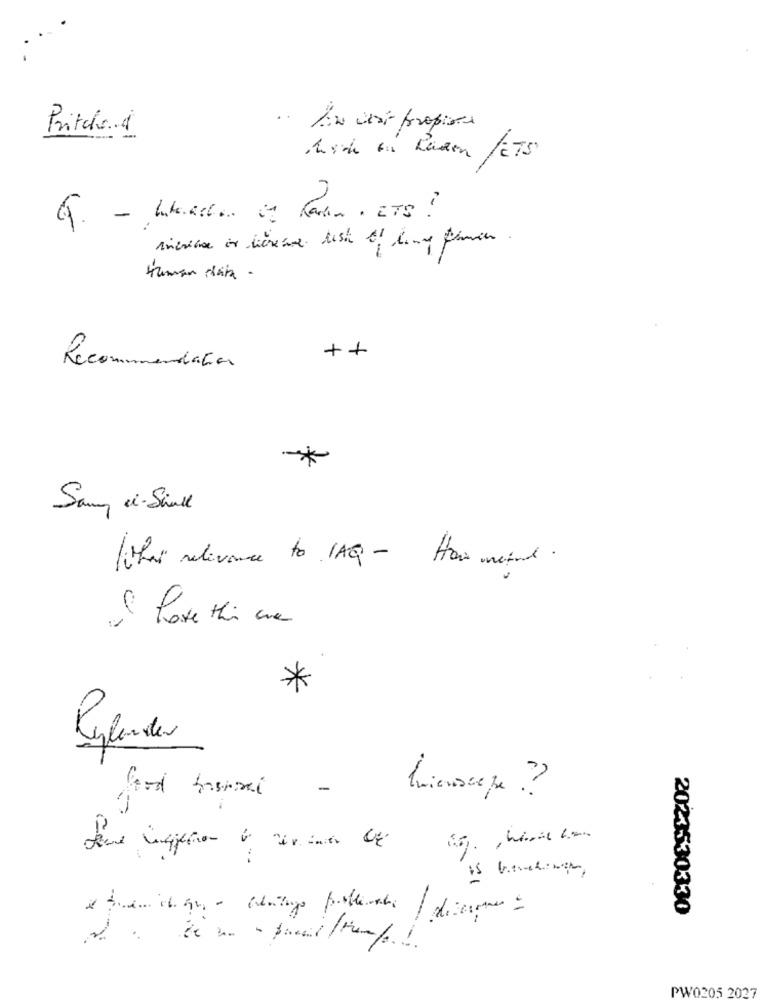
Pritch.1
Low cost propia
Karin . ITS ?
++
Recommendation
*
Samy i Shall
/this relevance to IAQ - How meinl.
I love this one
*
-
is henthings,
2024530330
-
PW0205 2027